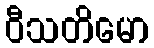
ဝီသတိမော